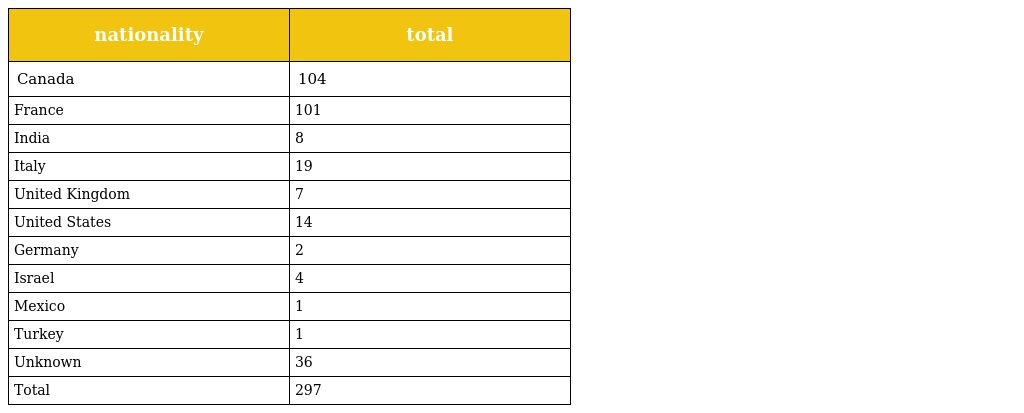
| nationality | total |
 | --- | --- |
 | Canada | 104 |
 | France | 101 |
 | India | 8 |
 | Italy | 19 |
 | United Kingdom | 7 |
 | United States | 14 |
 | Germany | 2 |
 | Israel | 4 |
 | Mexico | 1 |
 | Turkey | 1 |
 | Unknown | 36 |
 | Total | 297 |